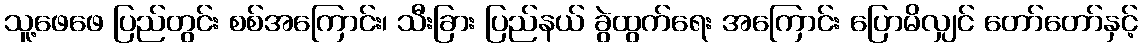
သူ့ဖေဖေ ပြည်တွင်း စစ်အကြောင်း၊ သီးခြား ပြည်နယ် ခွဲထွက်ရေး အကြောင်း ပြောမိလျှင် တော်တော်နှင့်